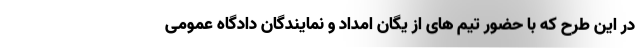
در این طرح که با حضور تیم های از یگان امداد و نمایندگان دادگاه عمومی